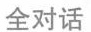
全对话